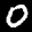
Label: 0